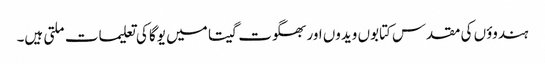
ہندوؤں کی مقدس کتابوں ویدوں اور بھگوت گیتا میں یوگا کی تعلیمات ملتی ہیں۔